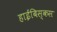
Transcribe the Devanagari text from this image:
हाईबिस्कस